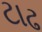
ટાઢ